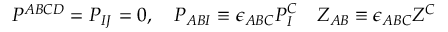
P ^ { A B C D } = P _ { I J } = 0 , \quad P _ { A B I } \equiv \epsilon _ { A B C } P _ { I } ^ { C } \quad Z _ { A B } \equiv \epsilon _ { A B C } Z ^ { C }